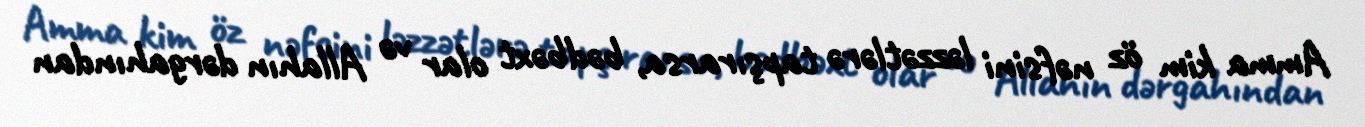
Amma kim öz nəfsini ləzzətlərə tapşırarsa, bədbəxt olar və Allahın dərgahından